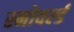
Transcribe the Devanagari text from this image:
स्नोवर्ल्ड